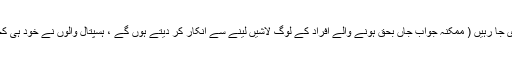
ان کے لواحقین کو لاشیں کیوں نہیں دی جا رہیں ( ممکنہ جواب جاں بحق ہونے والے افراد کے لوگ لاشیں لینے سے انکار کر دیتے ہوں گے ، ہسپتال والوں نے خود ہی کچھ ڈمپ کرنے کی جگہ بنائی ہو گی ۔